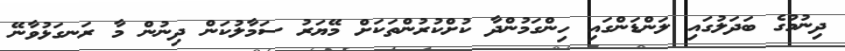
ދިނުމުގެ ބަދަލުގައި ލަންޑަންގައި ހިންގަމުންދާ ކުށްކުރުންތަކަށް މޭޔަރު ސަމާލުކަން ދިނުން މާ ރަނގަޅުވާނޭ